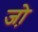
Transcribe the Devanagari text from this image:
जो़